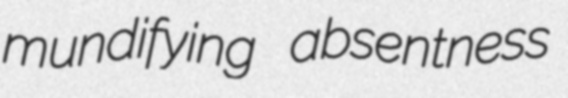
mundifying absentness